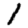
Digit: 1